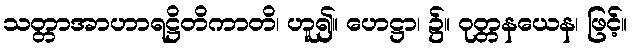
သတ္တာအာဟာရဋ္ဌိတိကာတိ၊ ဟူ၍။ ဟေဋ္ဌာ၊ ၌။ ဝုတ္တနယေန၊ ဖြင့်။